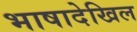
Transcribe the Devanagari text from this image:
भाषादेखिल